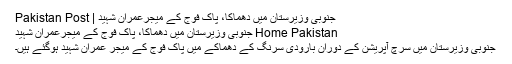
جنوبی وزیرستان میں دھماکا، پاک فوج کے میجرعمران شہید | Pakistan Post
Home Pakistan جنوبی وزیرستان میں دھماکا، پاک فوج کے میجرعمران شہید
جنوبی وزیرستان میں سرچ آپریشن کے دوران بارودی سرنگ کے دھماکے میں پاک فوج کے میجر عمران شہید ہوگئے ہیں۔